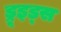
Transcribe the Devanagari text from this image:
ड्रूइड्स